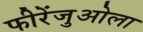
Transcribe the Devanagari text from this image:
फीरेंजुओला